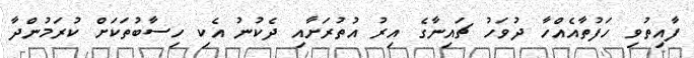
ފާއިތުވި ހަފުތާއެއްހާ ދުވަހު ޗައިނާގެ އިރު އުތުރަށާއި ދެކުނު އެކި ހިސާބުތަކަށް ކުރަމުންދާ